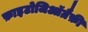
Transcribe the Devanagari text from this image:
फ़ाइटोजिऑग्रैफ़ी